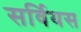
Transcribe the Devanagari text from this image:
सर्वियस